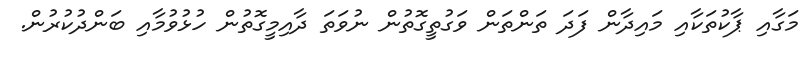
މަގާއި ޕާކުތަކާއި މައިދާން ފަދަ ތަންތަން ވަގުތީގޮތުން ނުވަތަ ދާއިމީގޮތުން ހުޅުވުމާއި ބަންދުކުރުން.